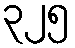
၃၂၅